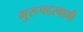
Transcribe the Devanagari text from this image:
गुरूपदस्वामी